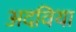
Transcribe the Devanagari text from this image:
अदविया